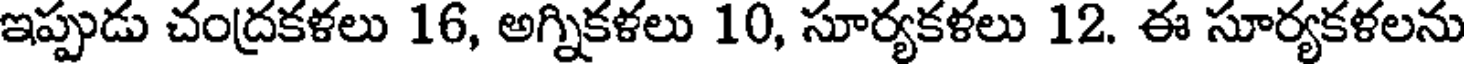
ఇప్పుడు చంద్రకళలు 16, అగ్నికళలు 10, సూర్యకళలు 12. ఈ సూర్యకళలను